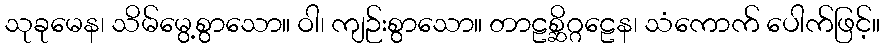
သုခုမေန၊ သိမ်မွေ့စွာသော။ ဝါ၊ ကျဉ်းစွာသော။ တာဠစ္ဆိဂ္ဂဠေန၊ သံကောက် ပေါက်ဖြင့်။